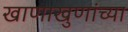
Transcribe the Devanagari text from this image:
खाणाखुणांच्या